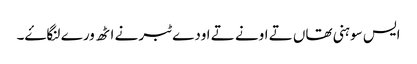
ایس سوہنی تھاں تے اونے تے اودے ٹبر نے اٹھ ورے لنگاۓ۔